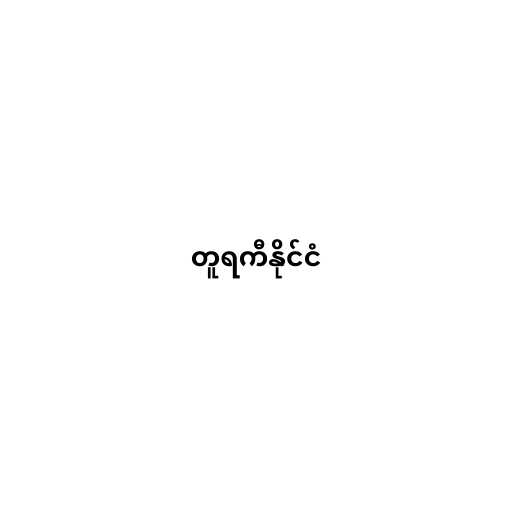
တူရကီနိုင်ငံ